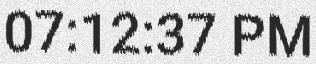
07:12:37 PM